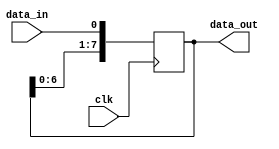
module shift_register(
    input wire clk,
    input wire data_in,
    output wire [7:0] data_out
);

reg [7:0] register;

always @(posedge clk) begin
    register <= {register[6:0], data_in};
end

assign data_out = register;

endmodule